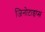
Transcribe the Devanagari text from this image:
जिनोटाइप्स